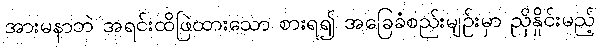
အားမနာဘဲ အရင်းထိဖြဲထားသော စားရ၍ အခြေခံစည်းမျဉ်းမှာ ညှိနှိုင်းမည့်